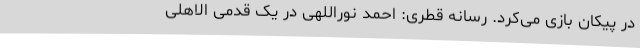
در پیکان بازی می‌کرد. رسانه قطری: احمد نوراللهی در یک قدمی الاهلی